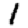
Digit: 1